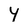
Character: 4